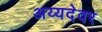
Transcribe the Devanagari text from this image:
अय्यदेवर